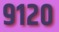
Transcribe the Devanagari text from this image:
९१२०